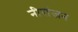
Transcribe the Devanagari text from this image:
नीरांजन